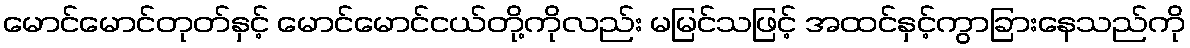
မောင်မောင်တုတ်နှင့် မောင်မောင်ငယ်တို့ကိုလည်း မမြင်သဖြင့် အထင်နှင့်ကွာခြားနေသည်ကို